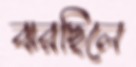
ঝরছিলে